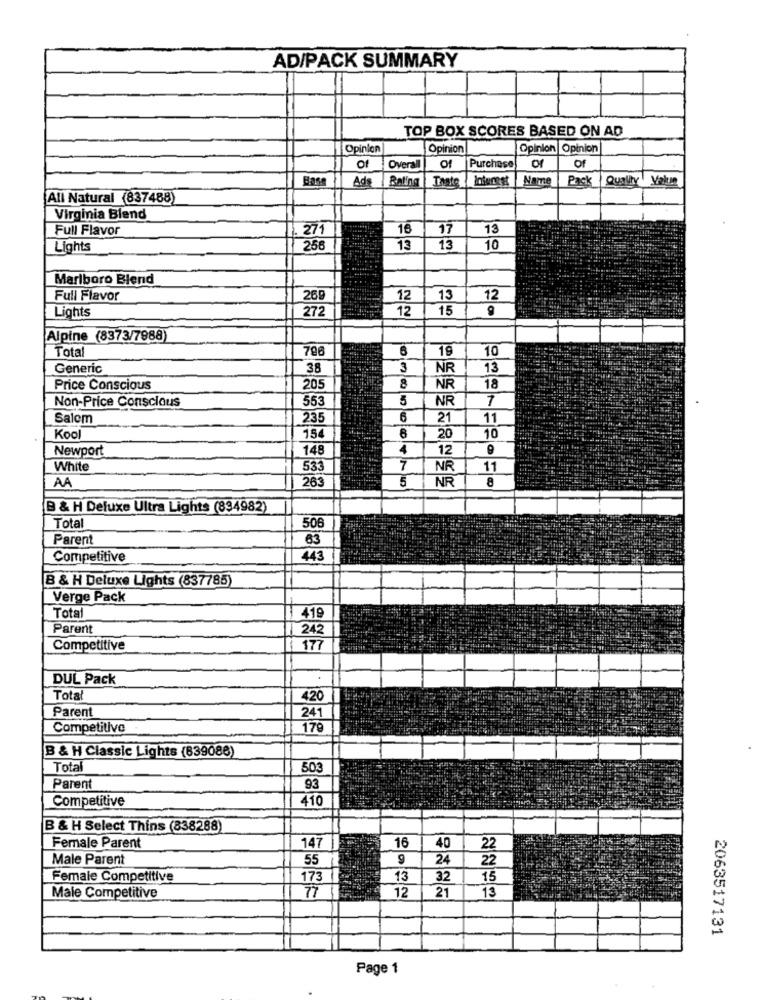
AD/PACK SUMMARY
TOP BOX SCORES BASED ON AD
Opinion
Opinion
Opinion |Opinion
Of
of
Overall
Purchase
Base
Ads
Balina
Name
Pack
Quality | Value
All Natural (837488)
Virginia Blend
Full Flavor
271
16
17
13
Lights
256
13
13
10
Marlboro Blend
Full Flavor
269
12
13
12
Lights
272
12
15
Alpine (8373/7988)
Total
796
19
10
Generic
38
3
NR
13
Price Conscious
205
8
NR
18
Non-Price Conscious
553
5
NR
7
Salem
235
6
21
11
Kool
15
20
10
Newport
148
4
12
White
533
7
NR
11
AA
263
5
NR
8
B & H Deluxe Ultra Lights (894982)
Total
50€
Parent
63
Competitive
443
B & H Deluxe Lights (837785)
Verge Pack
Total
419
Parent
242
Competitive
177
DUL Pack
Total
420
Parent
241
Competitive
179
B & H Classic Lights (839088)
Total
503
Parent
93
Competitive
410
B & H Select Thins (838288)
147
16
Female Parent
40
22
Male Parent
55
9
24
22
Female Competitive
173
13
32
15
Male Competitive
77
12
21
13
2063517131
Page 1